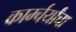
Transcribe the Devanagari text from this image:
कार्म्चर्यांचा